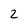
Character: 2